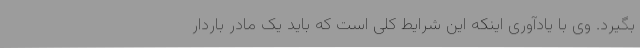
بگیرد. وی با یادآوری اینکه این شرایط کلی است که باید یک مادر باردار